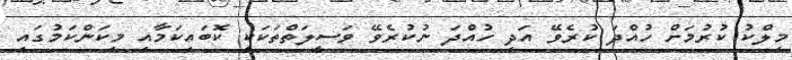
މިލްކު ކުރުމަށް ހުއްދަ ކުރެވޭ އަދި ހުއްދަ ނުކުރެވޭ ވަސީލަތްތަކަކީ ކޮބައިކަމާއި މިކަންކަމުގައި